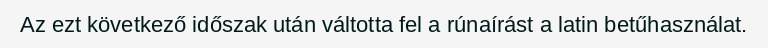
Az ezt következő időszak után váltotta fel a rúnaírást a latin betűhasználat.